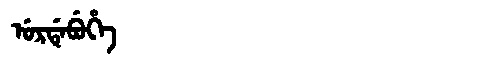
Manchu: ᡠᡵᡩᡝᠪᡠᡥᡝ
Romanization: URDEBUHE